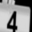
Digit: 4